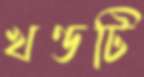
খণ্ডটি